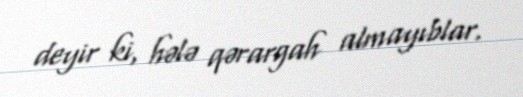
deyir ki, hələ qərargah almayıblar.